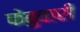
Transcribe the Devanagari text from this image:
फेबुवारी